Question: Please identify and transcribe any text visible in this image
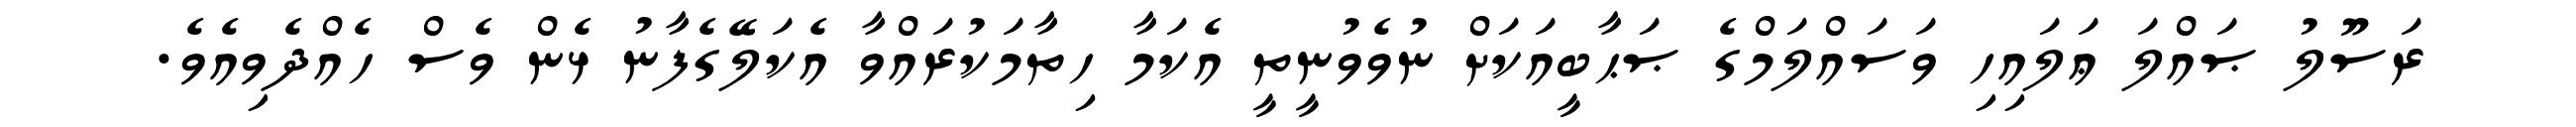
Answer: ރަސޫލު ޞައްލަ ޢަލައިހި ވަސައްލަމްގެ ޞަޙާބީއަކަށް ނުވެވުނީތީ އެކަމާ ހިތާމަކުރައްވާ އެކަލޭގެފާނު ޅެން ވެސް ހެއްދެވިއެވެ.